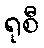
ရုစီ